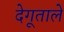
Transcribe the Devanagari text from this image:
देगूताले